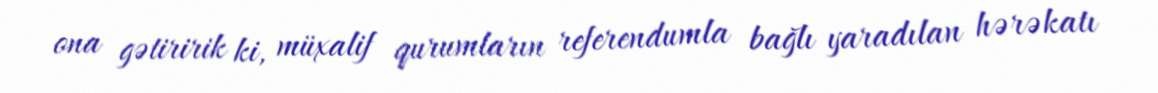
ona gətiririk ki, müxalif qurumların referendumla bağlı yaradılan hərəkatı